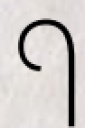
ף